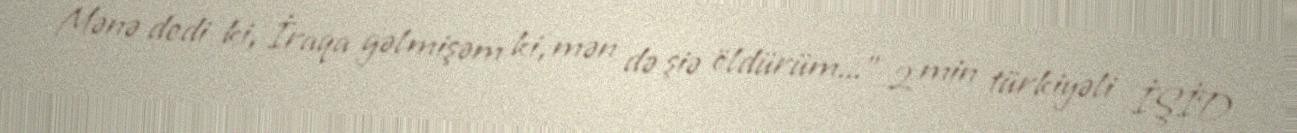
Mənə dedi ki, İraqa gəlmişəm ki, mən də şiə öldürüm...” 2 min türkiyəli İŞİD